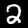
Digit: 2